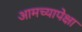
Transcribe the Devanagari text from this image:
आमच्यापेक्षा